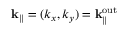
{ \bf k } _ { \parallel } = ( k _ { x } , k _ { y } ) = { \bf k } _ { \parallel } ^ { \mathrm { o u t } }